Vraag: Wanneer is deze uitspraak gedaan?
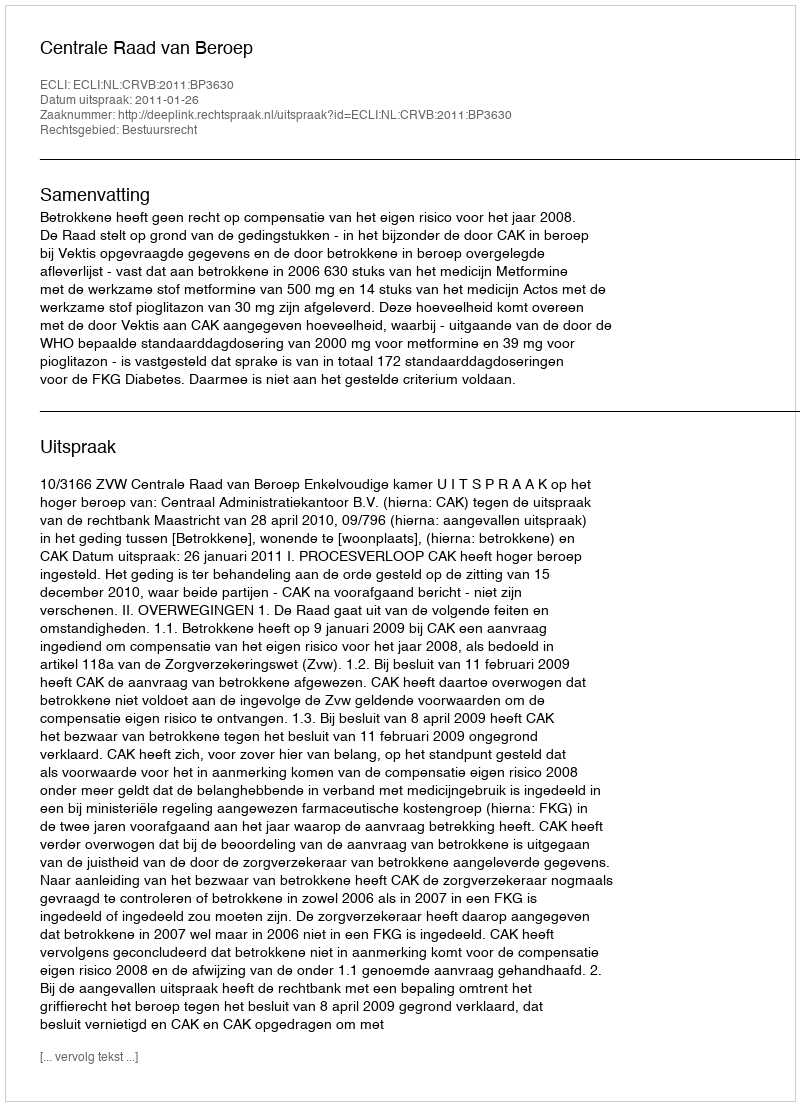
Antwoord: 2011-01-26